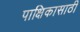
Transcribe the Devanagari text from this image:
पाक्षिकासाठी